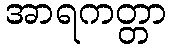
အာရကတ္တာ